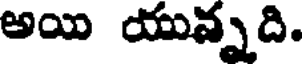
అయి యున్నది.